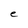
Character: e